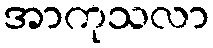
အာကုသလာ